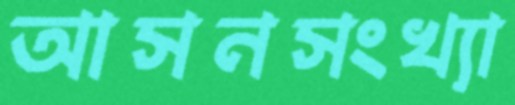
আসনসংখ্যা